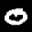
Label: 0